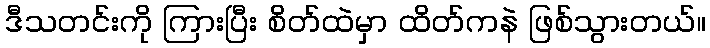
ဒီသတင်းကို ကြားပြီး စိတ်ထဲမှာ ထိတ်ကနဲ ဖြစ်သွားတယ်။